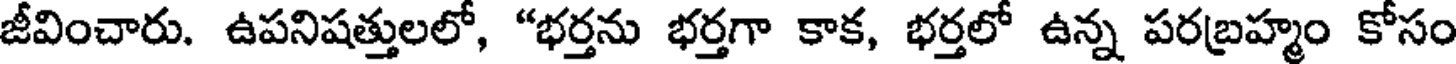
జీవించారు. ఉపనిషత్తులలో, "భర్తను భర్తగా కాక, భర్తలో ఉన్న పరబ్రహ్మం కోసం